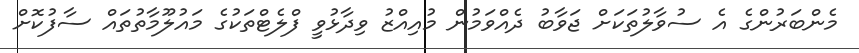
މެންބަރުންގެ އެ ސުވާލުތަކަށް ޖަވާބު ދެއްވަމުން މުއިއްޒު ވިދާޅުވީ ފްލެޓްތަކުގެ މައުލޫމާތުތައް ސާފުކޮށް